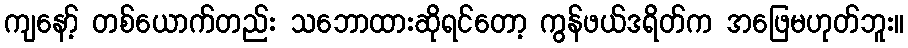
ကျနော့် တစ်ယောက်တည်း သဘောထားဆိုရင်တော့ ကွန်ဖယ်ဒရိတ်က အဖြေမဟုတ်ဘူး။